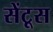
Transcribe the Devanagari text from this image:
सेंटूस